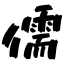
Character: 儒